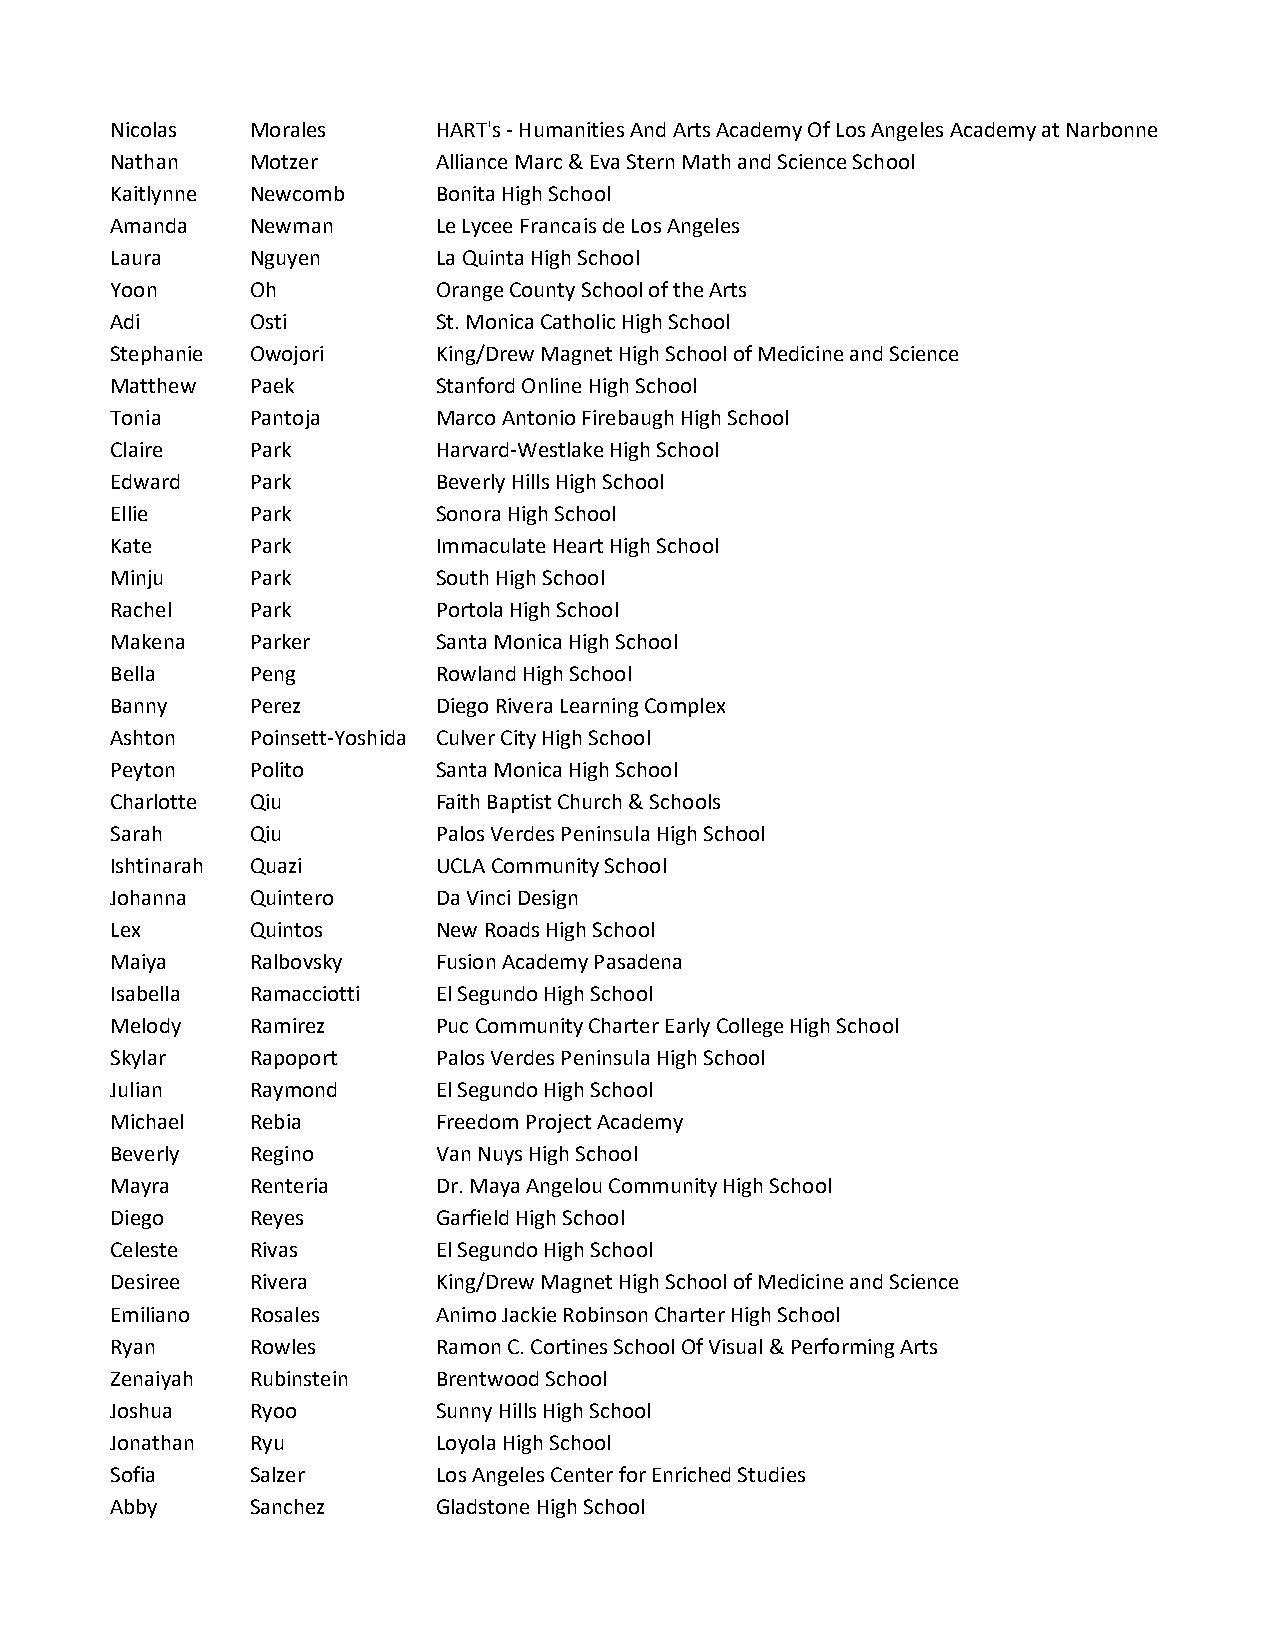
Nicolas   Morales     HART's - Humanities And Arts Academy Of Los Angeles Academy at Narbonne
 Nathan    Motzer      Alliance Marc & Eva Stern Math and Science School
 Kaitlynne Newcomb     Bonita High School
 Amanda    Newman      Le Lycee Francais de Los Angeles
 Laura     Nguyen      La Quinta High School
 Yoon      Oh          Orange County School of the Arts
 Adi       Osti        St. Monica Catholic High School
 Stephanie Owojori     King/Drew Magnet High School of Medicine and Science
 Matthew   Paek        Stanford Online High School
 Tonia     Pantoja     Marco Antonio Firebaugh High School
 Claire    Park        Harvard-Westlake High School
 Edward    Park        Beverly Hills High School
 Ellie     Park        Sonora High School
 Kate      Park        Immaculate Heart High School
 Minju     Park        South High School
 Rachel    Park        Portola High School
 Makena    Parker      Santa Monica High School
 Bella     Peng        Rowland High School
 Banny     Perez       Diego Rivera Learning Complex
 Ashton    Poinsett-Yoshida Culver City High School
 Peyton    Polito      Santa Monica High School
 Charlotte Qiu         Faith Baptist Church & Schools
 Sarah     Qiu         Palos Verdes Peninsula High School
 Ishtinarah Quazi      UCLA Community School
 Johanna   Quintero    Da Vinci Design
 Lex       Quintos     New Roads High School
 Maiya     Ralbovsky   Fusion Academy Pasadena
 Isabella  Ramacciotti El Segundo High School
 Melody    Ramirez     Puc Community Charter Early College High School
 Skylar    Rapoport    Palos Verdes Peninsula High School
 Julian    Raymond     El Segundo High School
 Michael   Rebia       Freedom Project Academy
 Beverly   Regino      Van Nuys High School
 Mayra     Renteria    Dr. Maya Angelou Community High School
 Diego     Reyes       Garfield High School
 Celeste   Rivas       El Segundo High School
 Desiree   Rivera      King/Drew Magnet High School of Medicine and Science
 Emiliano  Rosales     Animo Jackie Robinson Charter High School
 Ryan      Rowles      Ramon C. Cortines School Of Visual & Performing Arts
 Zenaiyah  Rubinstein  Brentwood School
 Joshua    Ryoo        Sunny Hills High School
 Jonathan  Ryu         Loyola High School
 Sofia     Salzer      Los Angeles Center for Enriched Studies
 Abby      Sanchez     Gladstone High School